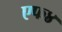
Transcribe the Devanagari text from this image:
एफ४